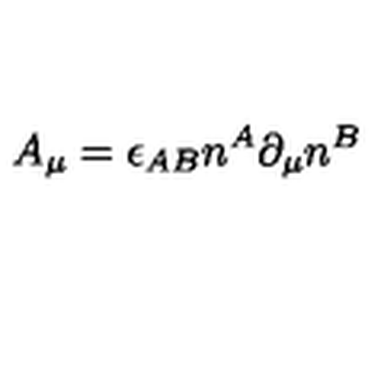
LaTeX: A _ { \mu } = \epsilon _ { A B } n ^ { A } \partial _ { \mu } n ^ { B }